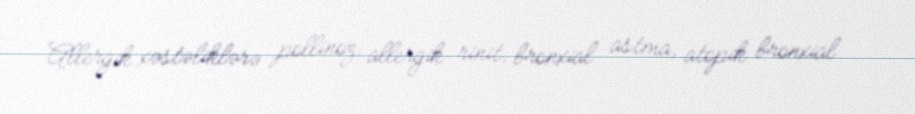
Allergik xəstəliklərə pollinoz, allergik rinit, bronxial astma, atopik bronxial